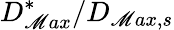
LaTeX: D_{\mathscr{M}ax}^{*}/D_{\mathscr{M}ax,s}